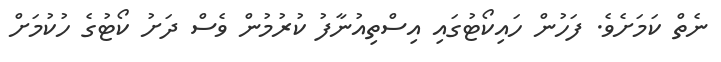
ނެތް ކަމަށެވެ. ފަހުން ހައިކޯޓުގައި އިސްތިއުނާފު ކުރުމުން ވެސް ދަށު ކޯޓުގެ ހުކުމަށް